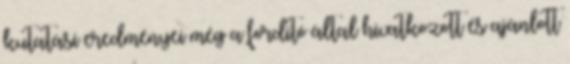
kutatási eredményei még a fordító által hivatkozott és ajánlott